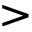
>